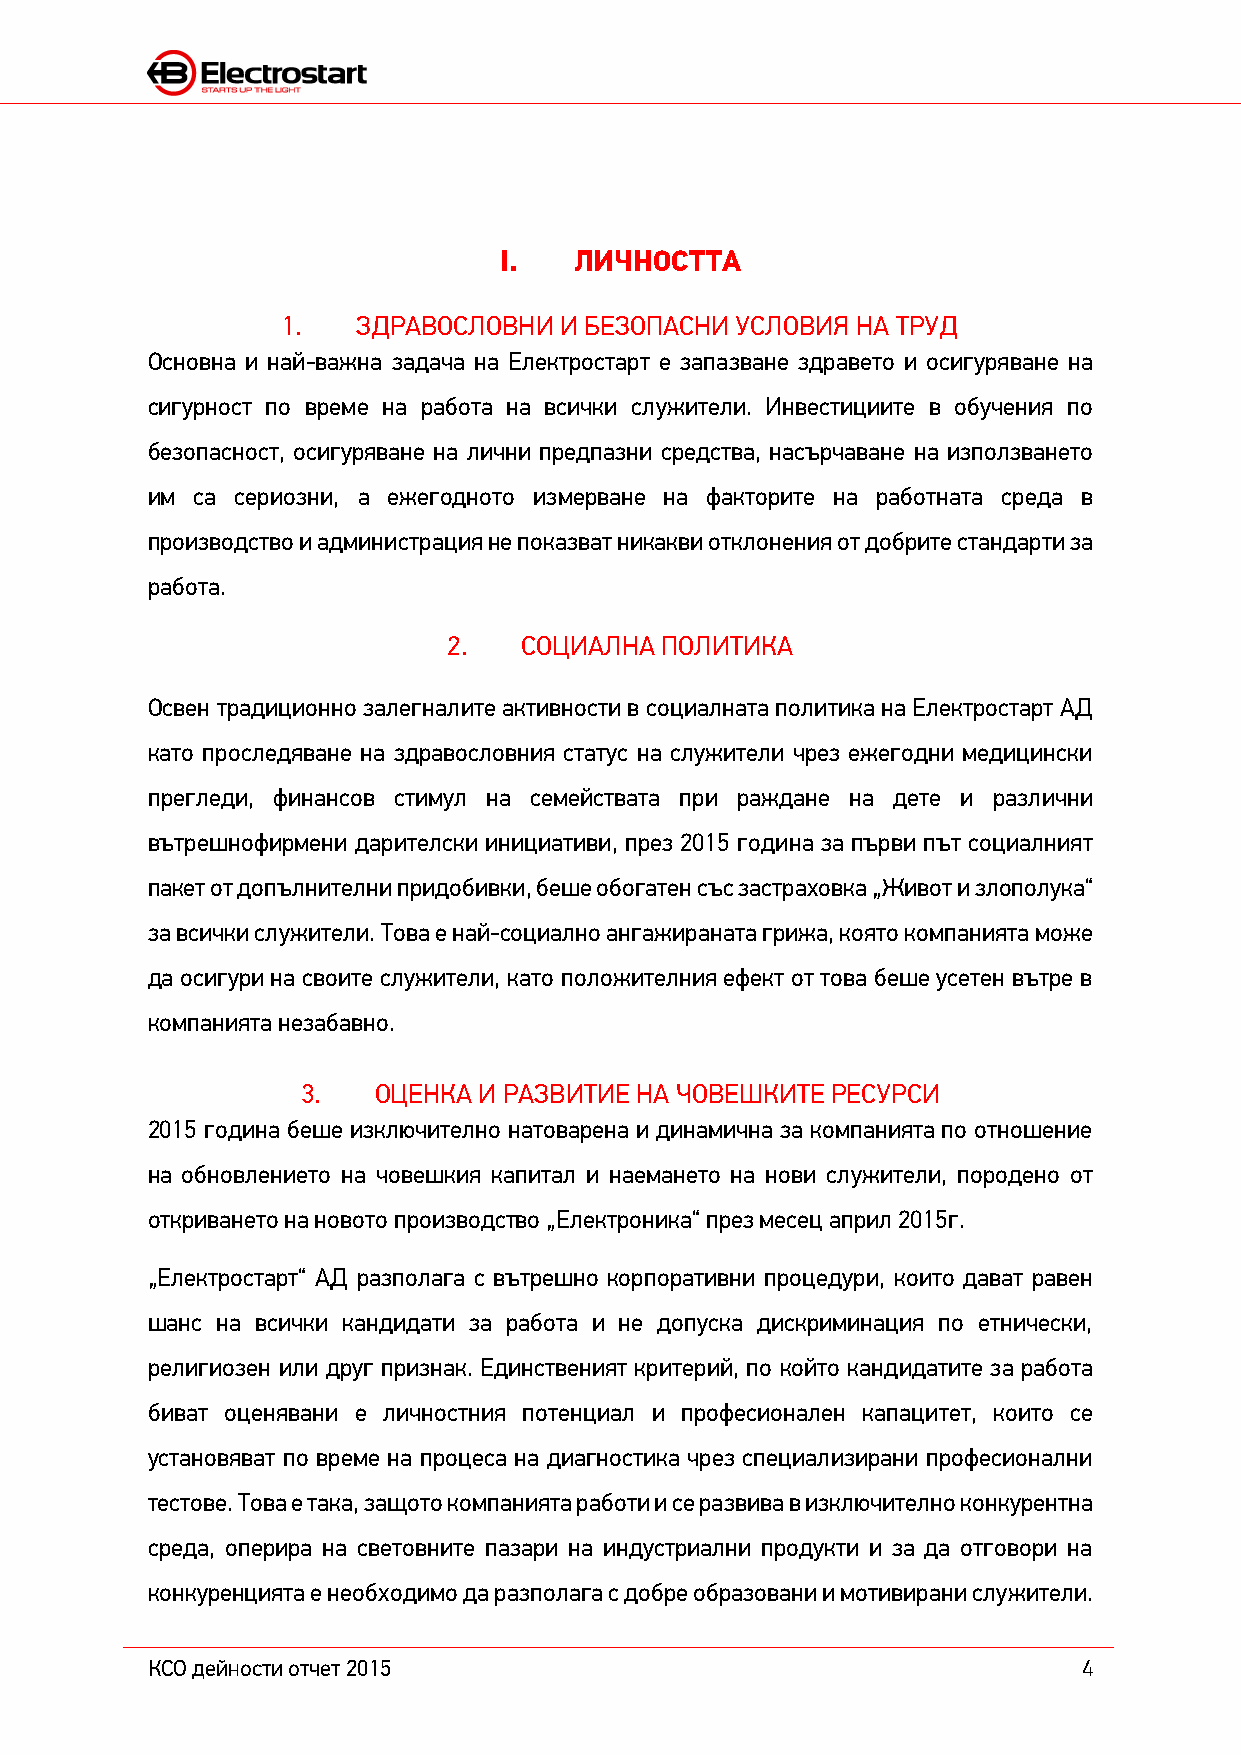
I.   ЛИЧНОСТТА
 1.   ЗДРАВОСЛОВНИ И БЕЗОПАСНИ УСЛОВИЯ НА ТРУД
 Основна и най-важна задача на Електростарт е запазване здравето и осигуряване на
 сигурност по време на работа на всички служители. Инвестициите в обучения по
 безопасност, осигуряване на лични предпазни средства, насърчаване на използването
 им са сериозни, а ежегодното измерване на факторите на работната среда в
 производство и администрация не показват никакви отклонения от добрите стандарти за
 работа.
 2.  СОЦИАЛНА  ПОЛИТИКА
 Освен традиционно залегналите активности в социалната политика на Електростарт АД
 като проследяване на здравословния статус на служители чрез ежегодни медицински
 прегледи, финансов стимул на семействата при раждане на дете и различни
 вътрешнофирмени дарителски инициативи, през 2015 година за първи път социалният
 пакет от допълнителни придобивки, беше обогатен със застраховка „Живот и злополука“
 за всички служители. Това е най-социално ангажираната грижа, която компанията може
 да осигури на своите служители, като положителния ефект от това беше усетен вътре в
 компанията незабавно.
 3.   ОЦЕНКА И РАЗВИТИЕ НА ЧОВЕШКИТЕ РЕСУРСИ
 2015 година беше изключително натоварена и динамична за компанията по отношение
 на обновлението на човешкия капитал и наемането на нови служители, породено от
 откриването на новото производство „Електроника“ през месец април 2015г.
 „Електростарт“ АД разполага с вътрешно корпоративни процедури, които дават равен
 шанс на всички кандидати за работа и не допуска дискриминация по етнически,
 религиозен или друг признак. Единственият критерий, по който кандидатите за работа
 биват оценявани е личностния потенциал и професионален капацитет, които се
 установяват по време на процеса на диагностика чрез специализирани професионални
 тестове. Това е така, защото компанията работи и се развива в изключително конкурентна
 среда, оперира на световните пазари на индустриални продукти и за да отговори на
 конкуренцията е необходимо да разполага с добре образовани и мотивирани служители.
 КСО дейности отчет 2015                                       4